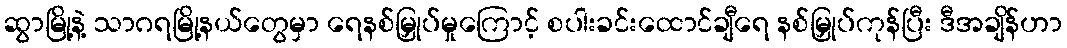
ဆွာမြို့နဲ့ သာဂရမြို့နယ်တွေမှာ ရေနစ်မြှုပ်မှုကြောင့် စပါးခင်းထောင်ချီရေ နစ်မြှုပ်ကုန်ပြီး ဒီအချိန်ဟာ